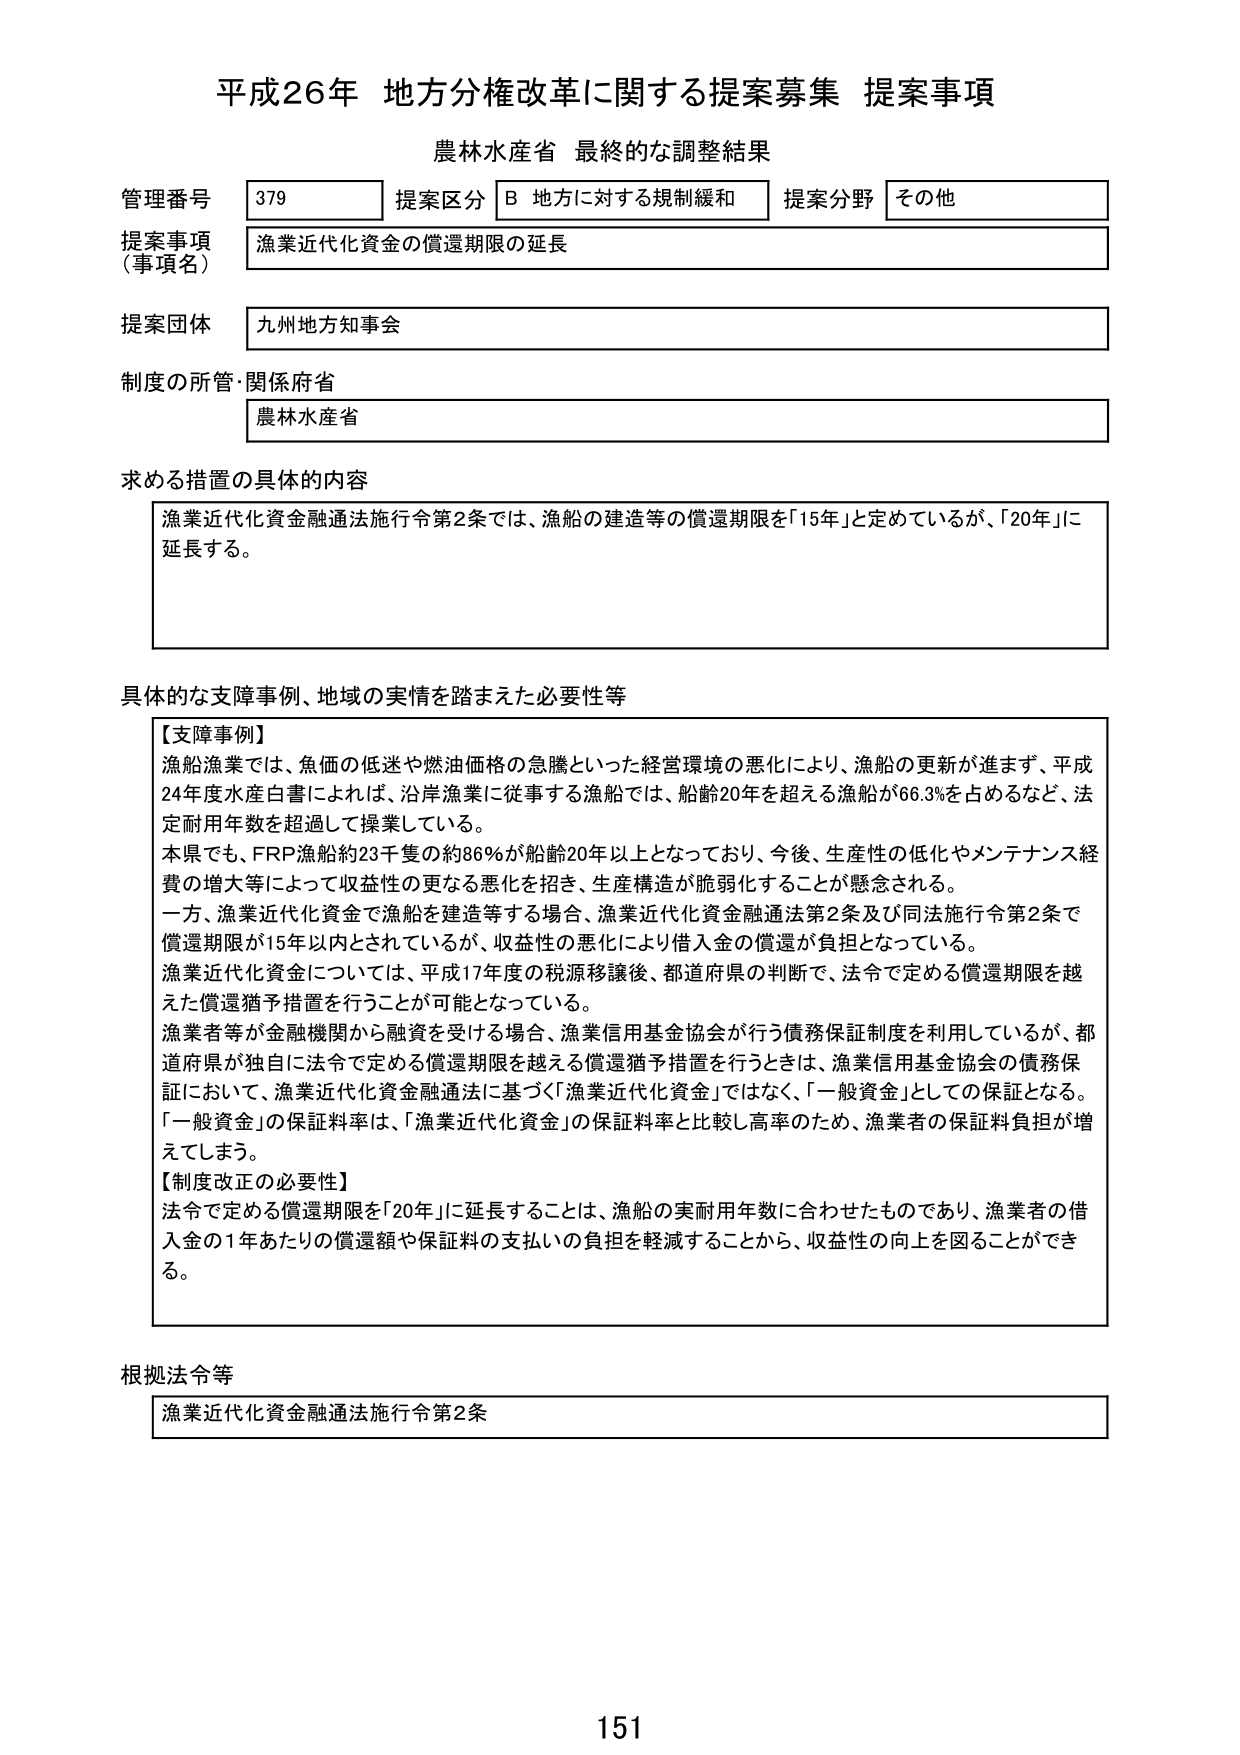
平成26年 地方分権改革に関する提案募集 提案事項
農林水産省 最終的な調整結果

管理番号 379 提案区分 B 地方に対する規制緩和 提案分野 その他
提案事項（事項名） 漁業近代化資金の償還期限の延長
提案団体 九州地方知事会
制度の所管・関係府省 農林水産省

求める措置の具体的な内容
漁業近代化資金融通法施行令第2条では、漁船の建造等の償還期限を「15年」と定めているが、「20年」に延長する。

具体的な支援事例、地域の実情を踏まえた必要性等
【支障事例】
漁船漁業では、魚価の低迷や燃油価格の急騰といった経営環境の悪化により、漁船の更新が進まず、平成24年度水産白書によれば、沿岸漁業に従事する漁船では、船齢20年を超える漁船が66.3％を占めるなど、法定耐用年数を超過して操業している。
本県でも、FRP漁船約23千隻の約86％が船齢20年以上となっており、今後、生産性の低下やメンテナンス経費の増大等によって収益性の更なる悪化を招き、生産構造が脆弱化することが懸念される。
一方、漁業近代化資金で漁船を建造等する場合、漁業近代化資金融通法第2条及び同法施行令第2条で償還期限が15年以内とされているが、収益性の悪化により借入金の償還が負担となっている。
漁業近代化資金については、平成17年度の税源移譲後、都道府県の判断で、法令で定める償還期限を越えた償還猶予措置を行うことが可能となっている。
漁業者等が金融機関から融資を受ける場合、漁業信用基金協会が行う債務保証制度を利用しているが、都道府県が独自に法令で定める償還期限を越える償還猶予措置を行うときは、漁業信用基金協会の債務保証において、漁業近代化資金融通法に基づく「漁業近代化資金」ではなく、「一般資金」としての保証となる。「一般資金」の保証料率は、「漁業近代化資金」の保証料率と比較し高率のため、漁業者の保証料負担が増えててしまう。
【制度改正の必要性】
法令で定める償還期限を「20年」に延長することは、漁船の実耐用年数に合わせたものであり、漁業者の借入金の1年あたりの償還額や保証料の支払いの負担を軽減することから、収益性の向上を図ることができる。

根拠法令等
漁業近代化資金融通法施行令第2条

151